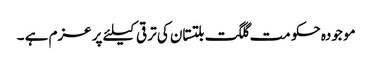
مو جودہ حکو مت گلگت بلتستان کی تر قی کیلئے پر عزم ہے ۔